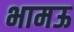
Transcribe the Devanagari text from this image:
भामऊ